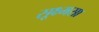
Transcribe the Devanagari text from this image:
सूक्ष्मसा